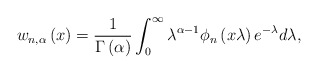
\begin{align*}w_{n,\alpha}\left( x\right) =\frac{1}{\Gamma\left( \alpha\right) }\int_{0}^{\infty}\lambda^{\alpha-1}\phi_{n}\left( x\lambda\right) e^{-\lambda}d\lambda, \end{align*}